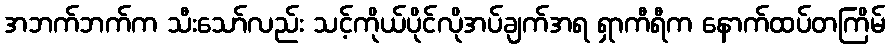
အဘက်ဘက်က သီးသော်လည်း သင့်ကိုယ်ပိုင်လိုအပ်ချက်အရ ရှာကီရီက နောက်ထပ်တကြိမ်